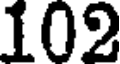
102